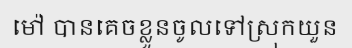
ម៉ៅ បានគេចខ្លួនចូលទៅស្រុកយួន